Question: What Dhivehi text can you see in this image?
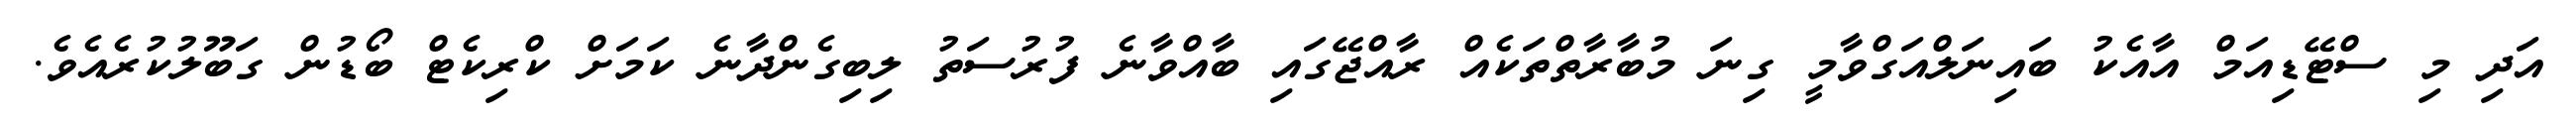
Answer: އަދި މި ސްޓޭޑިއަމް އާއެކު ބައިނަލްއަގްވާމީ ގިނަ މުބާރާތްތަކެއް ރާއްޖޭގައި ބާއްވާނެ ފުރުސަތު ލިބިގެންދާނެ ކަމަށް ކްރިކެޓް ބޯޑުން ގަބޫލުކުރެއެވެ.